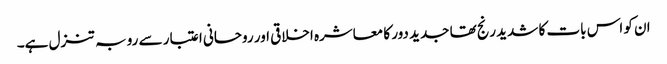
ان کو اس بات کا شدید رنج تھا جدید دور کا معاشرہ اخلاقی اور روحانی اعتبار سے رو بہ تنزل ہے۔